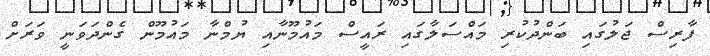
ފާރިސް ޖަލުގައި ބަންދުކުރި މައްސަލާގައި ރައީސް މައުމޫނާއި ޔުމްނާ މައުމޫން ގެންދަވަނީ ވަރަށް